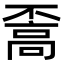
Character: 𩫇